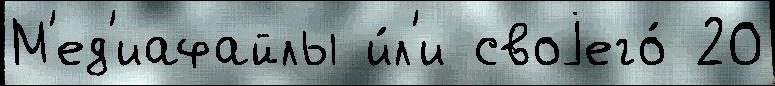
М'ед'иафайлы и́л'и своjего́ 20